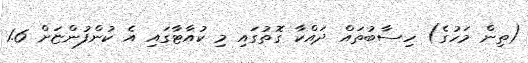
(ތިން މަހުގެ) ހިސާބުތައް ދައްކާ ގޮތުގައި މި ކުއާޓާގައި އެ ކުންފުންޏަށް 1.6